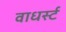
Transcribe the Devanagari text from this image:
वाधर्स्ट